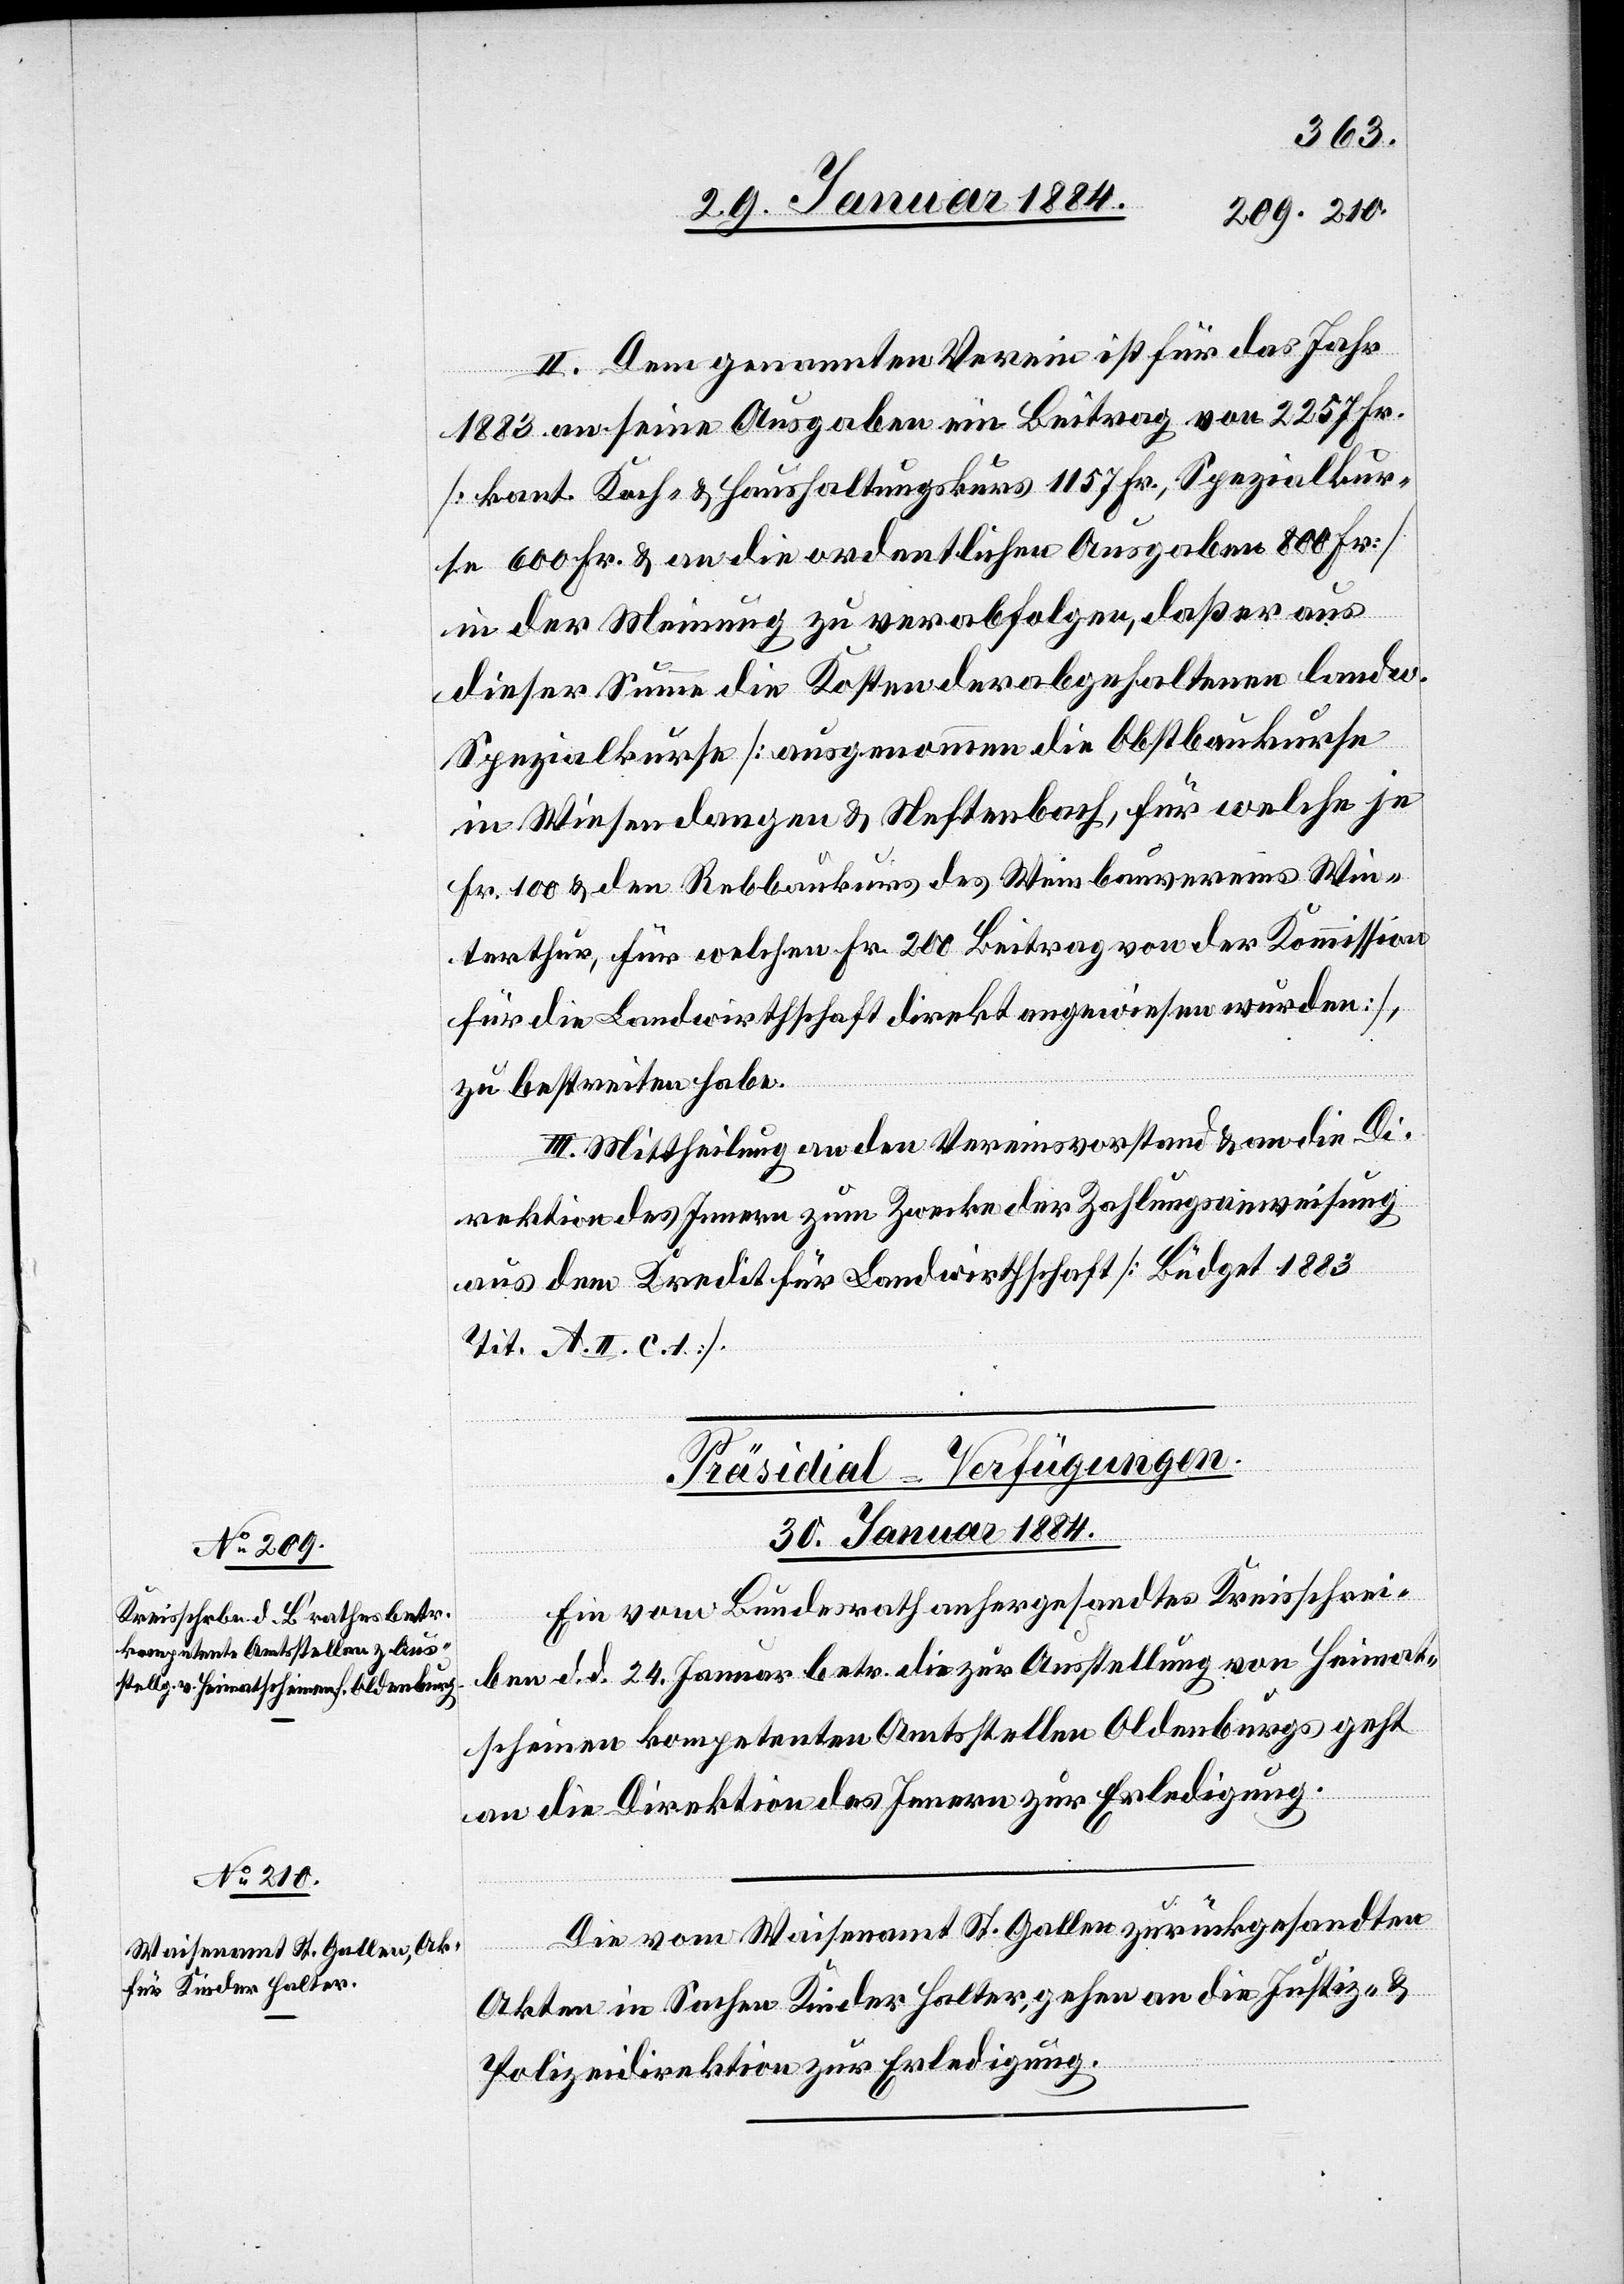
II. Dem genannten Verein ist für das Jahr
1883 an seine Ausgaben ein Beitrag von 2257 Fr.
[kant. Koch- & Hauhaltungskurs 1157 Fr., Spezialkur¬
se 600 Fr. & an die ordentliche Ausgaben 800 Fr.]
in der Meinung zu verabfolgen, daß er aus
dieser Summe die Kosten der abgehaltenen landw.
Spezialkurse [ausgenommen die Obstbaukurse
in Wiesendangen & Neftenbach, für welche je
Fr. 100 & dem Rebbaukurs des Waisenbauvereins Win¬
terthur, für welchen Fr. 200 Beitrag von der Kommission
für die Landwirtschaft direkt angewiesen wurden],
zu bestreiten habe.
III. Mittheilung an den Vereinsvorstand & an die Di¬
rektion des Innern zum Zwecke der Zahlungsanweisung
aus dem Kredit für Landwirtschaft [Büdget 1883
Tit. A. II. c. 1].
[Präsidial-Verfügungen.
30. Januar 1884.]
Ein vom Bundesrath anhergesandtes Kreisschrei¬
ben d. d. 24. Januar betr. die zur Ausstellung von Heimat¬
scheinen kompetenten Amtsstellen Oldenburgs geht
an die Direktion des Innern zu Erledigung.
Die vom Waisenamt St. Gallen zurückgesandten
Akten in Sachen Kinder Halter, gehen an die Justiz- &
Polizeidirektion zur Erledigung.